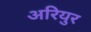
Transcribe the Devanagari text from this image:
अरियुर